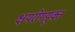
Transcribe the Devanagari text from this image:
क्षयरोगयुक्त